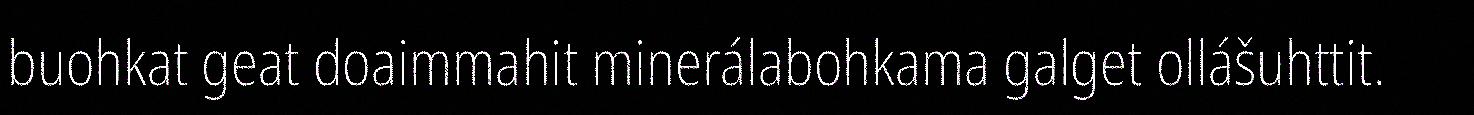
buohkat geat doaimmahit minerálabohkama galget ollášuhttit.